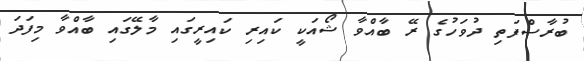
ބުރާސްފަތި ދުވަހުގެ ރޭ ބާއްވާ ޝޯއަކީ ކައިރި ކައިރީގައި މާލޭގައި ބާއްވާ މިފަދަ